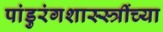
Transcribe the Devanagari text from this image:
पांडुरंगशास्स्त्रींच्या